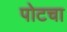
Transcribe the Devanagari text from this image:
पोटचा